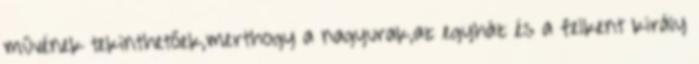
művének tekinthetőek,merthogy a nagyurak,az egyház és a felkent király